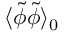
\langle \tilde { \phi } \tilde { \phi } \rangle _ { 0 }